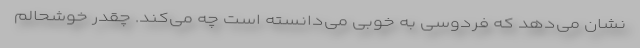
نشان می‌دهد که فردوسی به خوبی می‌دانسته است چه می‌کند. چقدر خوشحالم